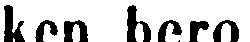
ken bero.